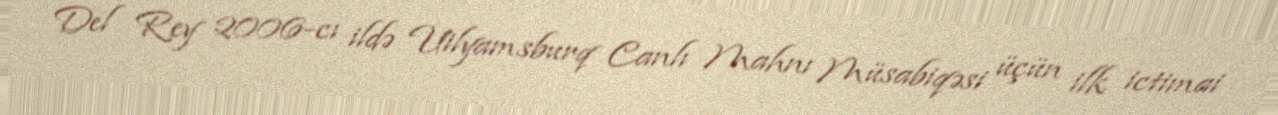
Del Rey 2006-cı ildə Uilyamsburq Canlı Mahnı Müsabiqəsi üçün ilk ictimai